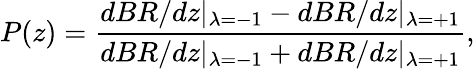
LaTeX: P(z)=\frac{dBR/dz\vert_{\lambda=-1}-dBR/dz\vert_{\lambda=+1}}{dBR/dz\vert_{\lambda=-1}+dBR/dz\vert_{\lambda=+1}},